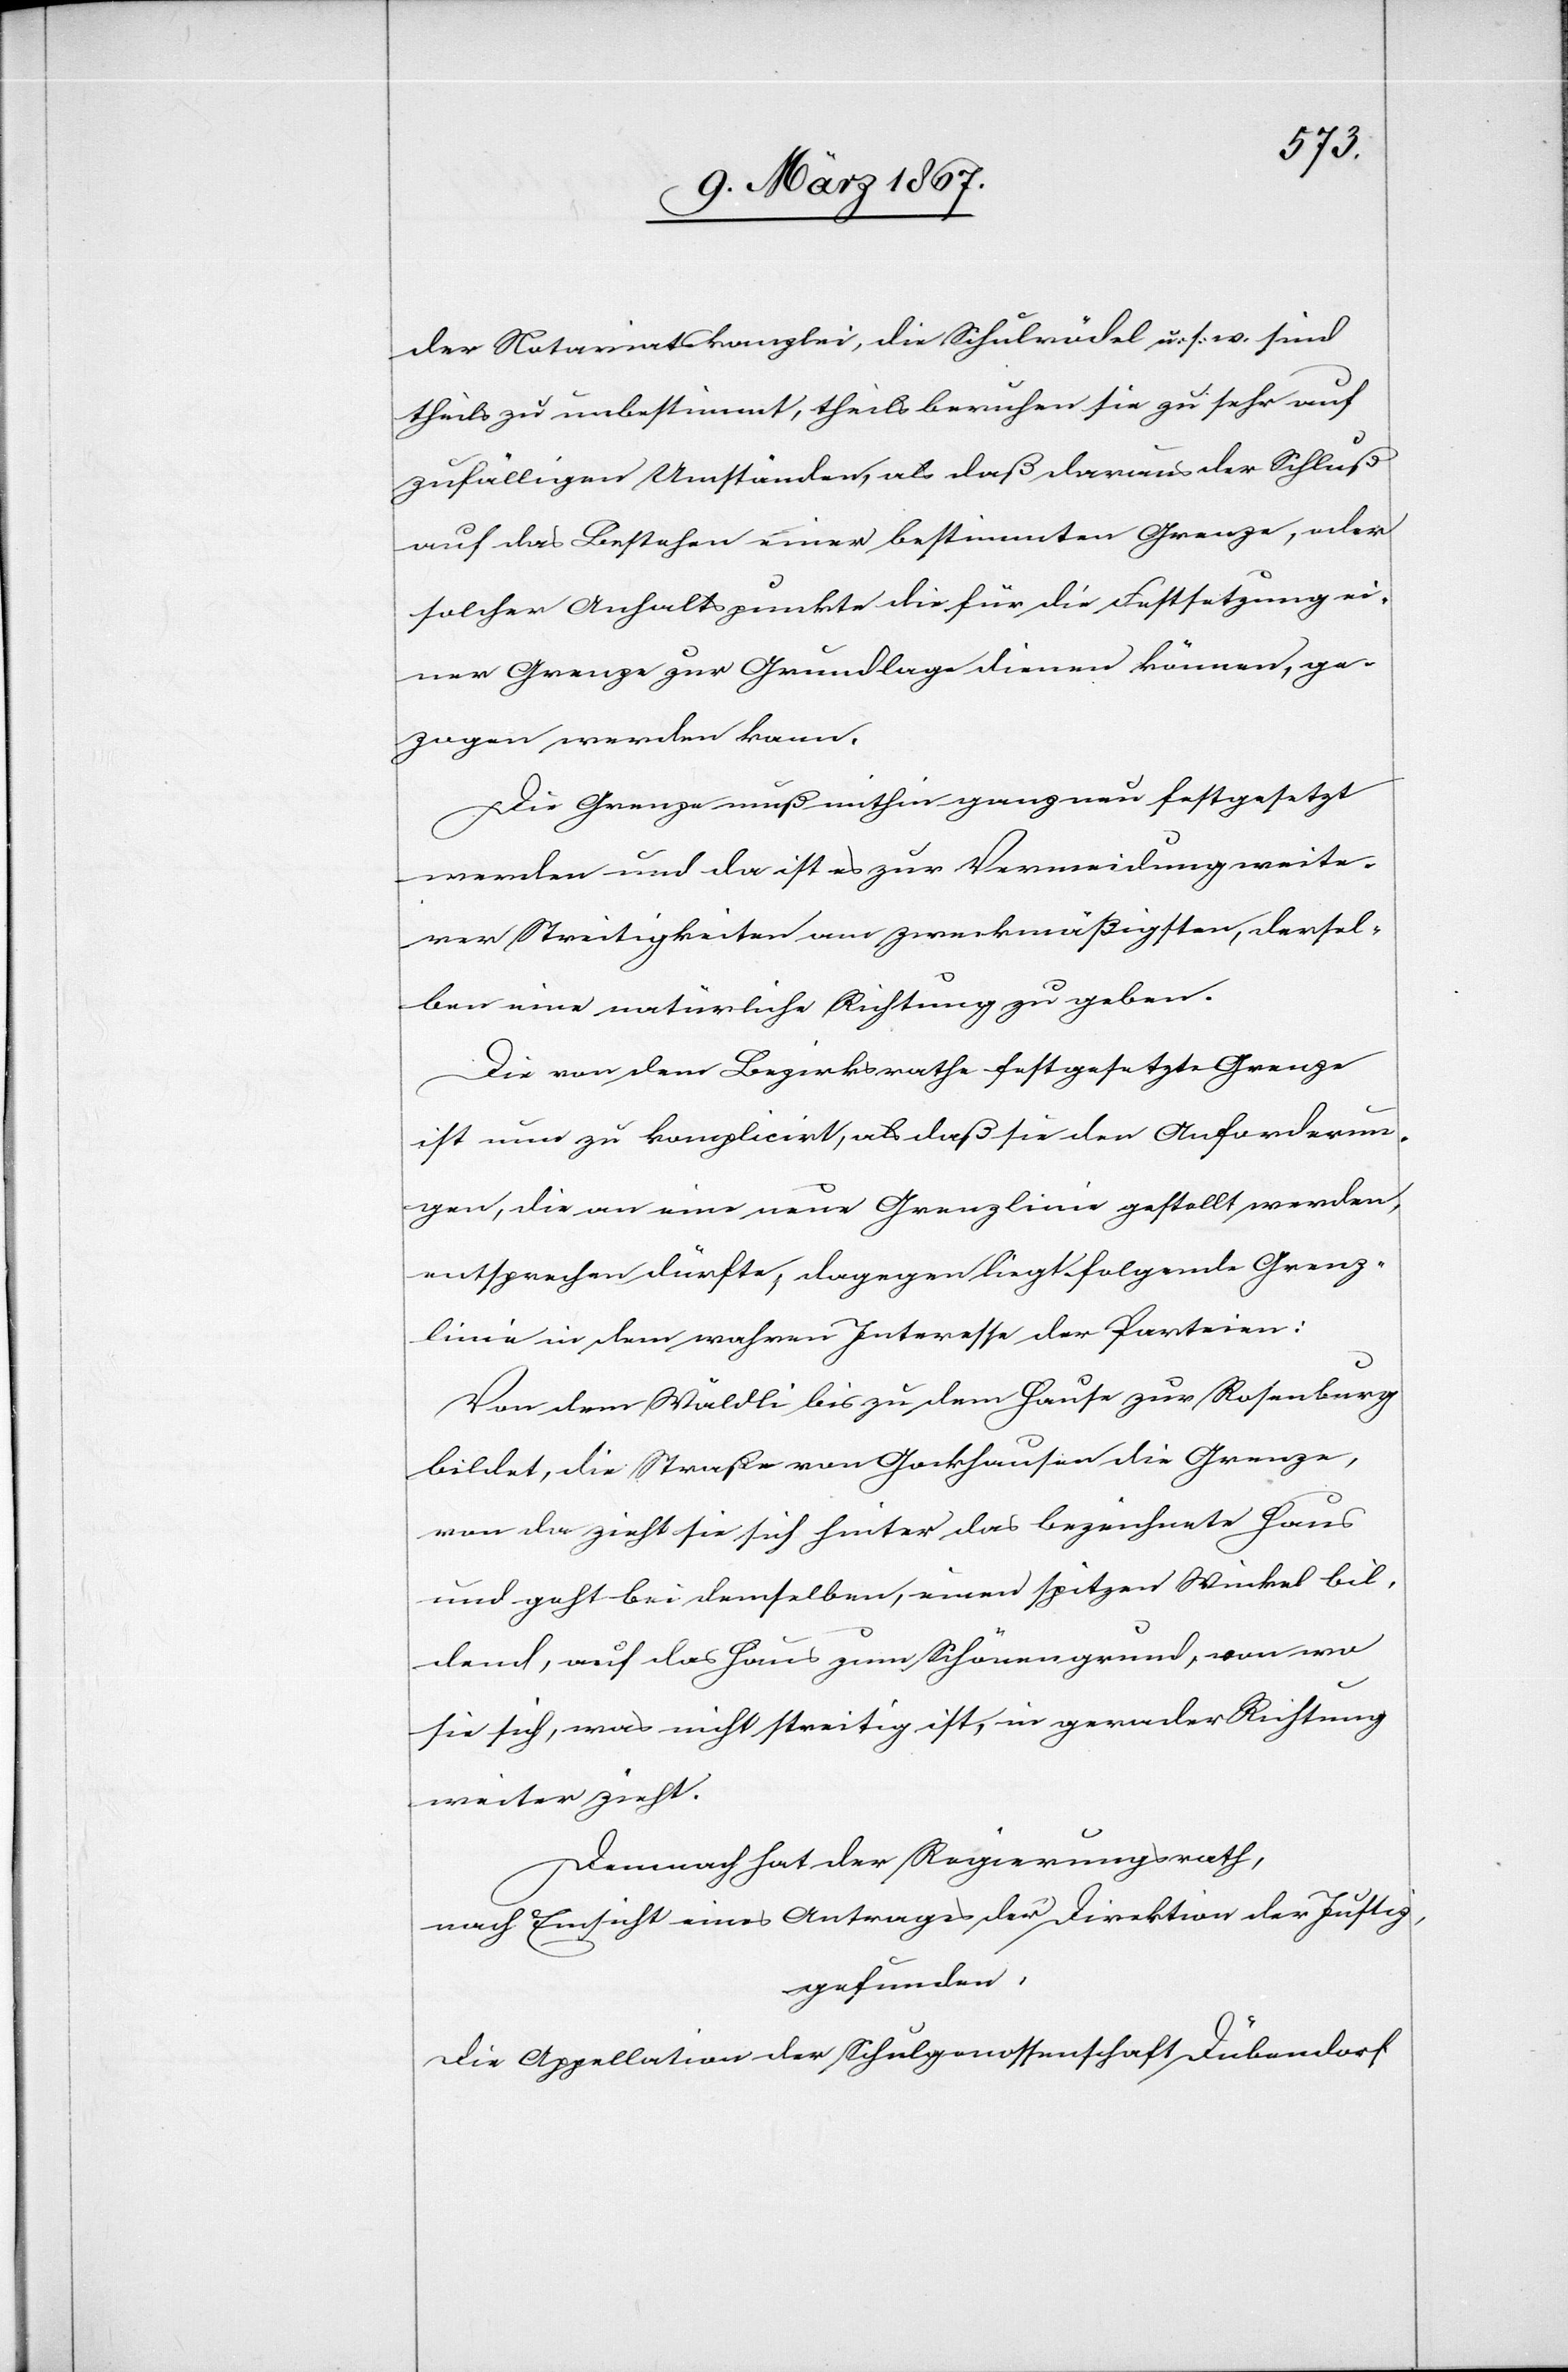
der Notariatskanzlei, die Schulrödel u. s. w. sind
theils zu unbestimmt, theils beruhen sie zu sehr auf
zufälligen Umständen, als daß daraus der Schluß
auf das Bestehen einer bestimmten Grenze, oder
solcher Anhaltspunkt die für die Festsetzung ei¬
ner Grenze zur Grundlage dienen können, ge¬
zogen werden kann.
Die Grenze muß mithin ganz neu festgesetzt
werden, und da ist es zur Vermeidung weite¬
rer Streitigkeiten am zweckmäßigsten, dersel¬
ben eine natürliche Richtung zu geben.
Die von dem Bezirksrathe festgesetzte Grenze
ist nun zu komplicirt, als daß sie den Anforderun¬
gen, die an eine neue Grenzlinie gestellt werden,
entsprechen dürfte, dagegen liegt folgende Grenz¬
linie in dem wahren Interesse der Parteien:
Von dem Wäldli bis zu dem Hause zur Rosenburg
bildet, die Straße von Gockhausen die Grenze,
von da zieht sie sich hinter das bezeichnete Haus
und geht bei demselben, einen spitzen Winkel bil¬
dend, auf das Haus zum Schönengrund, von wo
sie sich, was nicht streitig ist, in gerader Richtung
weiter zieht.
Demnach hat der Regierungsrath,
nach Einsicht eines Antrages der Direktion der Justiz,
gefunden:
Die Appellation der Schulgenossenschaft Dübendorf